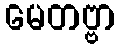
မေတဗ္ဗာ